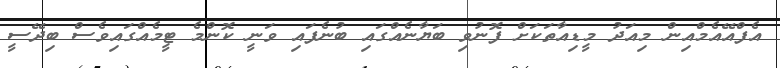
އެފްއޭއެމްއިން މިއަދު މީޑިއާތަކަށް ފޮނުވި ބަޔާނެއްގައި ބުނެފައި ވަނީ ކޮންމެ ޓީމެއްގައިވެސް ބިދޭސީ